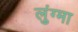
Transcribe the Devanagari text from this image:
लुंग्मा